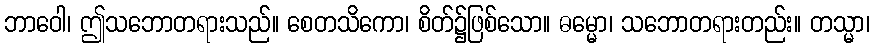
ဘာဝေါ၊ ဤသဘောတရားသည်။ စေတသိကော၊ စိတ်၌ဖြစ်သော။ ဓမ္မော၊ သဘောတရားတည်း။ တသ္မာ၊